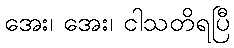
အေး၊ အေး၊ ငါသတိရပြီ